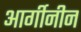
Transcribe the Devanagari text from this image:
आर्गीनीन